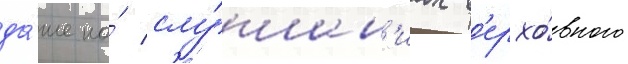
да́же на́ слу́шан'иах в'ерхо́вного